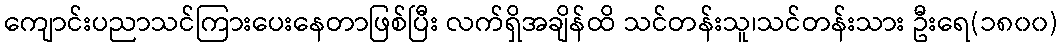
ကျောင်းပညာသင်ကြားပေးနေတာဖြစ်ပြီး လက်ရှိအချိန်ထိ သင်တန်းသူ၊သင်တန်းသား ဦးရေ(၁၈၀၀)